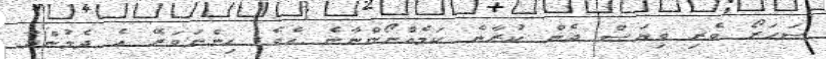
ސަހަރޯ ވެރި ވިޔަސް ދެން ކުރާނެ ކަމެއްނޯންނާނެ އެވެ. ހިންނަވަރޭ އެ ދެމުންދާ